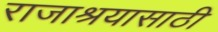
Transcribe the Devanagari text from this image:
राजाश्रयासाठी